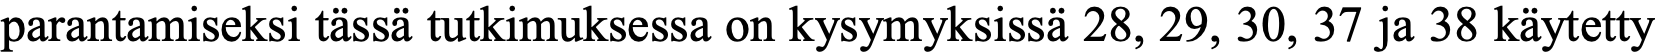
parantamiseksi tässä tutkimuksessa on kysymyksissä 28, 29, 30, 37 ja 38 käytetty